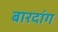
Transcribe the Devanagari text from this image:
बारदांग